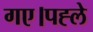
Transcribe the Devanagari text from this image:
गए।पह्ले